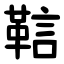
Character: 䩧